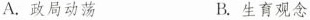
A.政局动荡 B.生育观念